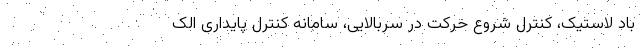
باد لاستیک، کنترل شروع حرکت در سربالایی، سامانه کنترل پایداری الک